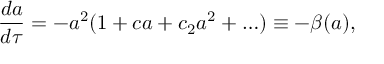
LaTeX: \frac { d a } { d \tau } = - a ^ { 2 } ( 1 + c a + c _ { 2 } a ^ { 2 } + \ldots ) \equiv - \beta ( a ) ,